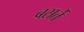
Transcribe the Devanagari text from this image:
बसर्ते